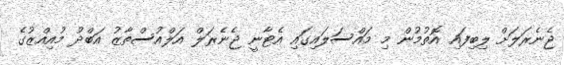
ޖެނެރަލަށް ލިބިފައި އޮތުމުން މި މައްސަލައިގައި އެޓާނީ ޖެނެރަލް އަލްއުސްތާޒު އަބްދު މުއިއްޒުގެ